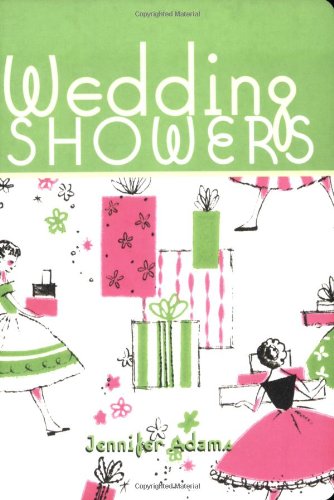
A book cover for Wedding Showers; Jennifer Adams; Crafts, Hobbies & Home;